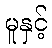
မူနှင့်